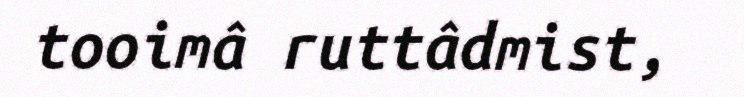
tooimâ ruttâdmist,